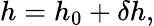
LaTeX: h=h_{0}+\delta h,